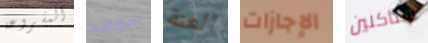
المشروعة شوهد العنة الإجازات ستأكلين